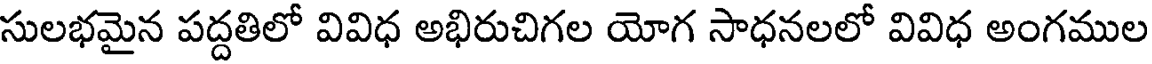
సులభమైన పద్దతిలో వివిధ అభిరుచిగల యోగ సాధనలలో వివిధ అంగముల